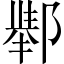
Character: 𲆚